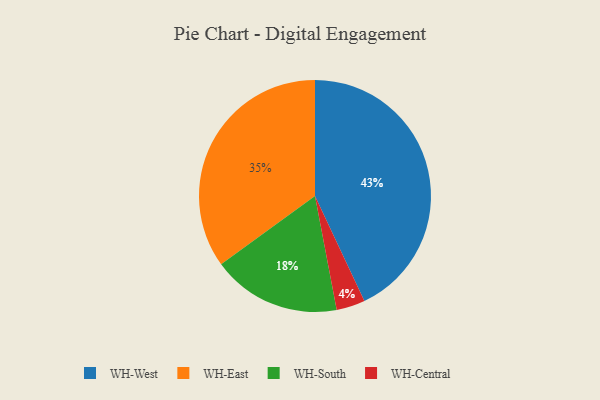
{"axis": {"x": "Category", "y": "Percentage"}, "legend": ["WH-Central", "WH-East", "WH-South", "WH-West"], "data": [{"x": "WH-Central", "y": 4, "type": "WH-Central"}, {"x": "WH-West", "y": 43, "type": "WH-West"}, {"x": "WH-South", "y": 18, "type": "WH-South"}, {"x": "WH-East", "y": 35, "type": "WH-East"}]}